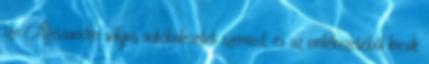
íze Alessandro súlyos autóbalesetet szenved, és az emlékezetéből kiesik